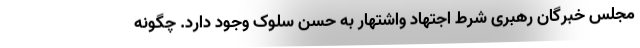
مجلس خبرگان رهبری شرط اجتهاد واشتهار به حسن سلوک وجود دارد. چگونه